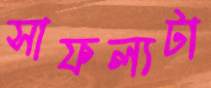
সাফল্যটা